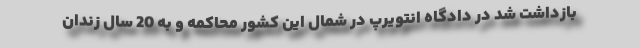
بازداشت شد در دادگاه انتویرپ در شمال این کشور محاکمه و به 20 سال زندان